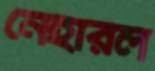
নেহারল